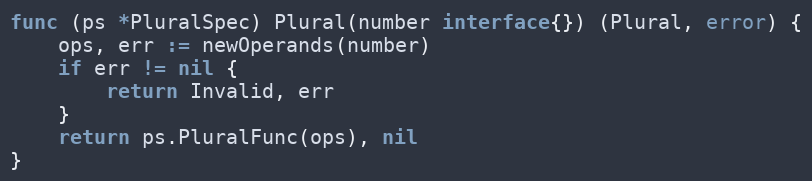
Language: Go
func (ps *PluralSpec) Plural(number interface{}) (Plural, error) {
	ops, err := newOperands(number)
	if err != nil {
		return Invalid, err
	}
	return ps.PluralFunc(ops), nil
}